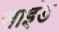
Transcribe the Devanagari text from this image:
साइंड